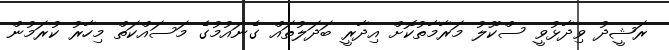
ރަޝީދު ވިދާޅުވީ ސްކޫލު މަރާމާތުކޮށް އިދާރީ ބަދަލުތައް ގެނައުމުގެ މަސައްކަތް މިހާރު ކުރަމުން